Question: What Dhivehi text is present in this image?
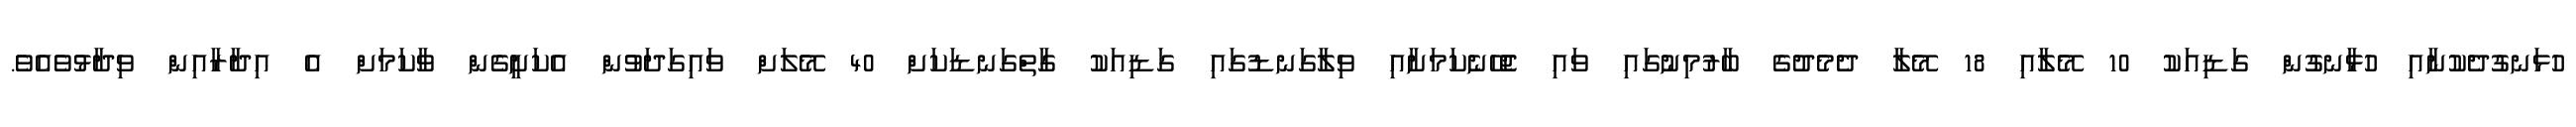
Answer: ހުޅަނގުދެކުނާއި ހުޅާނގުން ގަޑިއަކު 10 މޭލާއި 18 މޭލާ ދެމެދުގެ ބާރުމިނުގައި ވައި ޖެހޭނެކަމަށާއި ވިލާގަނޑުގައި ގަޑިއަކު ގާތްގަނޑަކަށް 40 މޭލަށް ވައިގަދަވުން އެކަށީގެން ވާކަމަށް އެ އިދާރާއިން ވިދާޅުވެއެވެ.